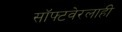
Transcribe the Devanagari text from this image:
सॉफ्टवेरलाही